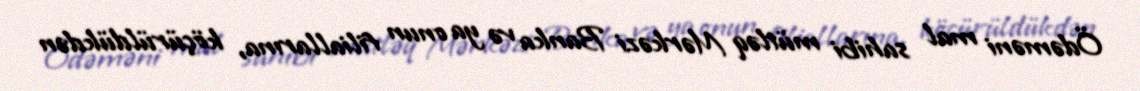
Ödəməni mal sahibi mütləq Mərkəzi Banka və ya onun filiallarına, köçürüldükdən